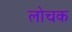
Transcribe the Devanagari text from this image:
लोचक